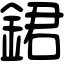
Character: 𨧡